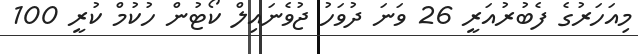
މިއަހަރުގެ ފެބުރުއަރީ 26 ވަނަ ދުވަހު ޖުވެނައިލް ކޯޓުން ހުކުމް ކުރީ 100